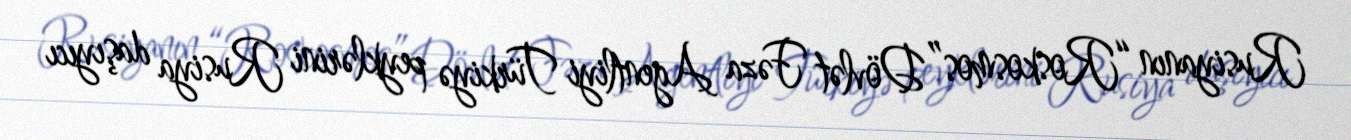
Rusiyanın “Roskosmos” Dövlət Fəza Agentliyi Türkiyə peyklərini Rusiya daşıyıcı